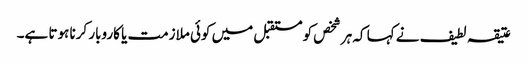
عتیقہ لطیف نے کہا کہ ہر شخص کو مستقبل میں کوئی ملازمت یا کاروبار کرنا ہوتا ہے۔